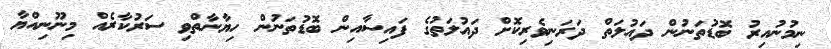
ނިމުނުއިރު ބޮޑުތަނުން ދައުލަތް ދަރަނިވެރިކޮށް ދައުލަތުގެ ފައިސާއިން ބޮޑުތަނުން ހިޔާނާތްވި ސަރުކާރެއް މިނޫނިއްޔާ